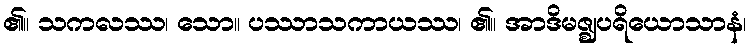
၏။ သကလဿ၊ သော။ ပဿာသကာယဿ၊ ၏။ အာဒိမဇ္ဈပရိယောသာနံ၊